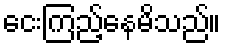
ငေးကြည့်နေမိသည်။